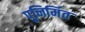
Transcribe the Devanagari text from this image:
पुनिर्मित